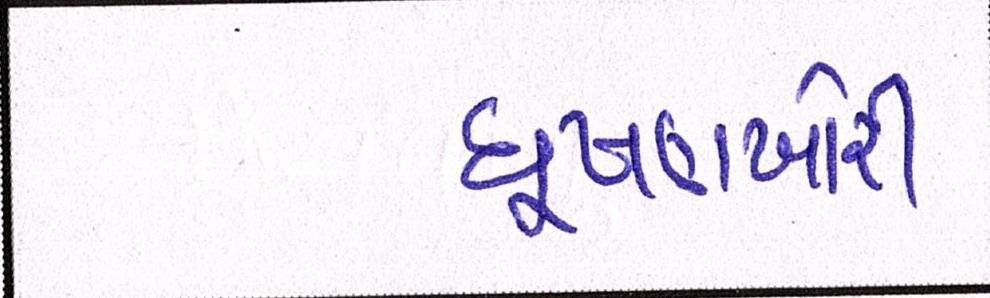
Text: ઘૂષણખોરી